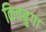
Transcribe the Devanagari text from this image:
कितबुगा